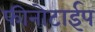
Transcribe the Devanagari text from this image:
फीनोटाईप